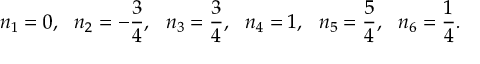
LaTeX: n _ { 1 } = 0 , ~ ~ n _ { 2 } = - { \frac { 3 } { 4 } } , ~ ~ n _ { 3 } = { \frac { 3 } { 4 } } , ~ ~ n _ { 4 } = 1 , ~ ~ n _ { 5 } = { \frac { 5 } { 4 } } , ~ ~ n _ { 6 } = { \frac { 1 } { 4 } } .